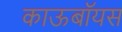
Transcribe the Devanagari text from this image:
काऊबॉयस